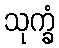
သုက္ခံ